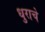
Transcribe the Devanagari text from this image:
धुराचे